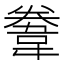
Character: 韏